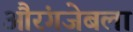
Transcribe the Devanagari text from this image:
औरंगजेबला